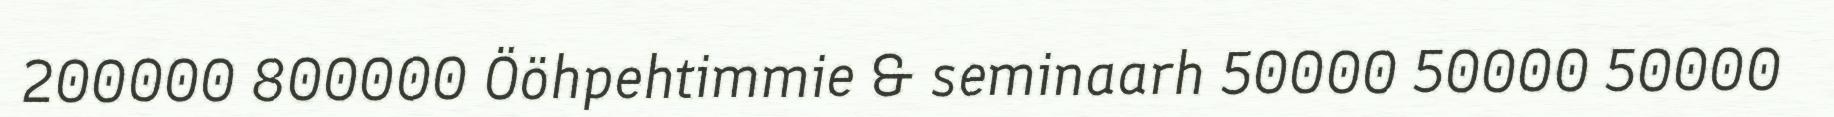
200000 800000 Ööhpehtimmie & seminaarh 50000 50000 50000